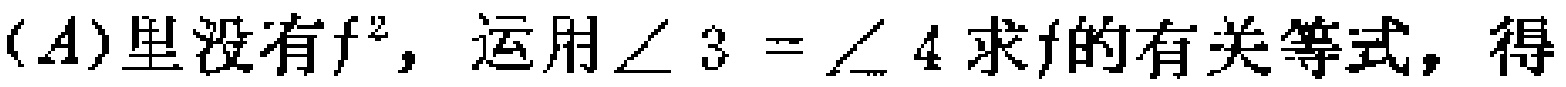
$(A)里没有f^{2}，运用\angle 3 = \angle 4求f的有关等式，得$